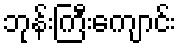
ဘုန်းကြီးကျောင်း